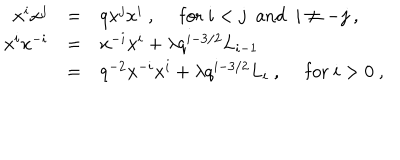
\begin{array} { r c l } { { x ^ { i } x ^ { j } } } & { { = } } & { { q x ^ { j } x ^ { i } ~ , ~ ~ \mathrm { f o r } ~ i < j ~ ~ \mathrm { a n d } ~ ~ i \not = - j ~ , } } \\ { { x ^ { i } x ^ { - i } } } & { { = } } & { { x ^ { - i } x ^ { i } + \lambda q ^ { i - 3 / 2 } L _ { i - 1 } } } \\ { { } } & { { = } } & { { q ^ { - 2 } x ^ { - i } x ^ { i } + \lambda q ^ { i - 3 / 2 } L _ { i } ~ , ~ ~ \mathrm { f o r } ~ i > 0 ~ , } } \\ \end{array}